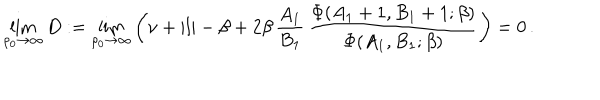
LaTeX: \lim _ { \rho _ { 0 } \rightarrow \infty } D : = \lim _ { \rho _ { 0 } \rightarrow \infty } \left( \nu + | l | - \beta + 2 \beta \, { \frac { A _ { 1 } } { B _ { 1 } } } \, { \frac { \Phi ( A _ { 1 } + 1 , B _ { 1 } + 1 ; \beta ) } { \Phi ( A _ { 1 } , B _ { 1 } ; \beta ) } } \right) = 0 \, .